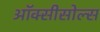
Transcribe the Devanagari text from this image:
ऑक्सीसोल्स